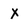
Character: x